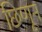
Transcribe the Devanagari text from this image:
छिणून